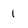
Character: 1